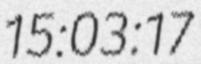
15:03:17